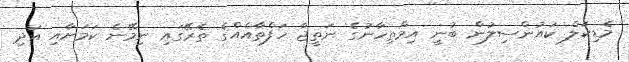
މެޑިކަލް ކައުންސިލުން ބުނީ އިމްތިހާނުގެ ނަތީޖާ ހަފްތާއެއްގެ ތެރޭގައި ނިމޭނެ ކަމަށާއި އަދި